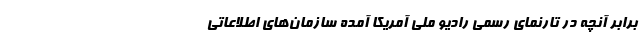
برابر آنچه در تارنمای رسمی رادیو ملی آمریکا آمده سازمان‌های اطلاعاتی